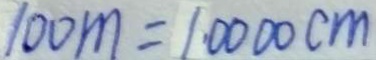
1 0 0 m = 1 \cdot 0 0 0 0 c m